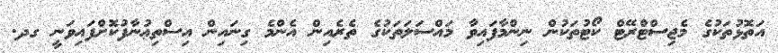
އަތޮޅުތަކުގެ މެޖިސްޓްރޭޓް ކޯޓުތަކުން ނިންމާފައިވާ މައްސަލަތަކުގެ ތެރެއިން އެންމެ ގިނައިން އިސްތިޢުނާފުކޮށްފައިވަނީ ގދ.